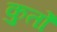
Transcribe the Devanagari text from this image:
कुर्तों